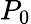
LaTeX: P_{0}